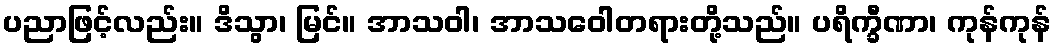
ပညာဖြင့်လည်း။ ဒိသွာ၊ မြင်။ အာသဝါ၊ အာသဝေါတရားတို့သည်။ ပရိက္ခီဏာ၊ ကုန်ကုန်